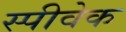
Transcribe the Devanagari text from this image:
स्पीवेक